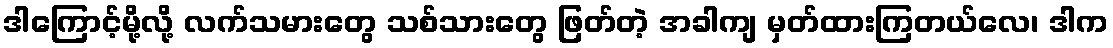
ဒါကြောင့်မို့လို့ လက်သမားတွေ သစ်သားတွေ ဖြတ်တဲ့ အခါကျ မှတ်ထားကြတယ်လေ၊ ဒါက